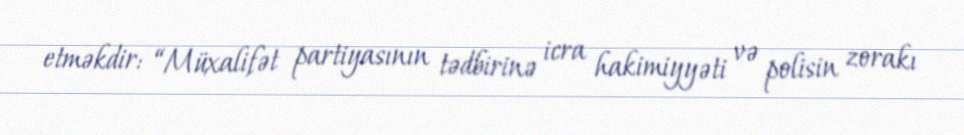
etməkdir: “Müxalifət partiyasının tədbirinə icra hakimiyyəti və polisin zorakı